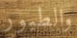
والطيور